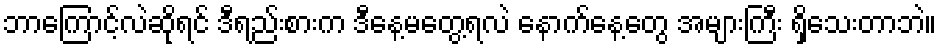
ဘာကြောင့်လဲဆိုရင် ဒီရည်းစားက ဒီနေ့မတွေ့ရလဲ နောက်နေ့တွေ အများကြီး ရှိသေးတာဘဲ။